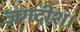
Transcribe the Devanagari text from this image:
जगदीश।